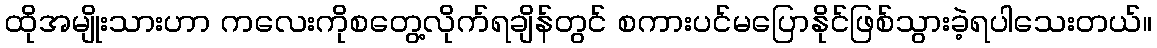
ထိုအမျိုးသားဟာ ကလေးကိုစတွေ့လိုက်ရချိန်တွင် စကားပင်မပြောနိုင်ဖြစ်သွားခဲ့ရပါသေးတယ်။